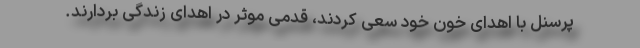
پرسنل با اهدای خون خود سعی کردند، قدمی موثر در اهدای زندگی بردارند.